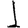
Digit: 1